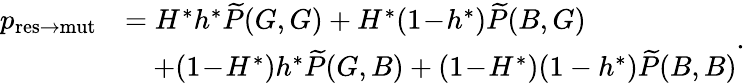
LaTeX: \begin{array}{rl}{p_{\mathrm{res\to mut}}}&{=H^{\ast}h^{\ast}\widetilde{P}(G,G)+H^{\ast}(1\! -\! h^{\ast})\widetilde{P}(B,G)}\\ &{\quad+(1\! -\! H^{\ast})h^{\ast}\widetilde{P}(G,B)+(1\! -\! H^{\ast})(1-h^{\ast})\widetilde{P}(B,B)}\end{array}.